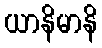
ယာနိမာနိ